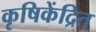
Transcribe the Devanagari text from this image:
कृषिकेंद्रित